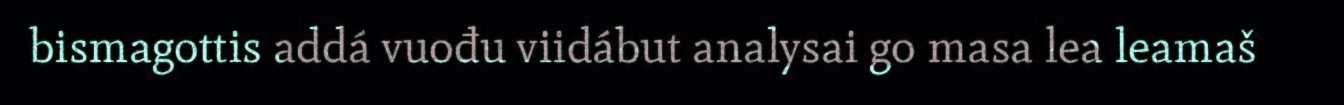
bismagottis addá vuođu viidábut analysai go masa lea leamaš